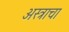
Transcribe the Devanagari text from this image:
अस्त्राचा